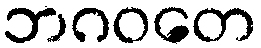
ဘဂဝတေ